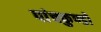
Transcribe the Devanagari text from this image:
पांचकुण्डों